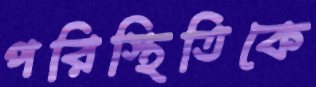
পরিস্থিতিকে